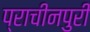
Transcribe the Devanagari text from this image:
प्राचीनपुरी